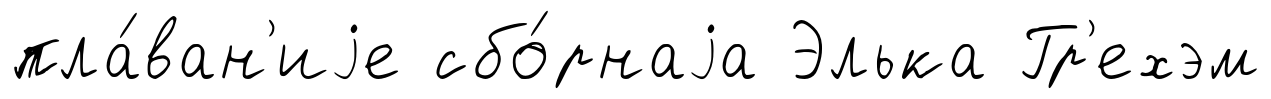
пла́ван'иjе сбо́рнаjа Элька Гр'ехэм